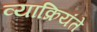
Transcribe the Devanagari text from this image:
व्याक्रियंते